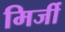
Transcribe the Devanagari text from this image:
मिर्जी